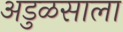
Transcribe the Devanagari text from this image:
अडुळसाला